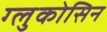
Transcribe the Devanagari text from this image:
ग्लुकोसिन